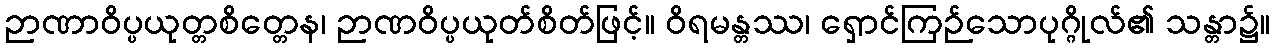
ဉာဏာဝိပ္ပယုတ္တစိတ္တေန၊ ဉာဏဝိပ္ပယုတ်စိတ်ဖြင့်။ ဝိရမန္တဿ၊ ရှောင်ကြဉ်သောပုဂ္ဂိုလ်၏ သန္တာ၌။